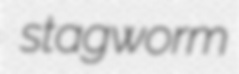
stagworm